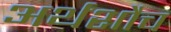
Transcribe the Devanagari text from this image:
अर्थशौच